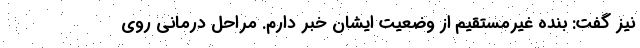
نیز گفت: بنده غیرمستقیم از وضعیت ایشان خبر دارم. مراحل درمانی روی